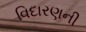
વિદારણની